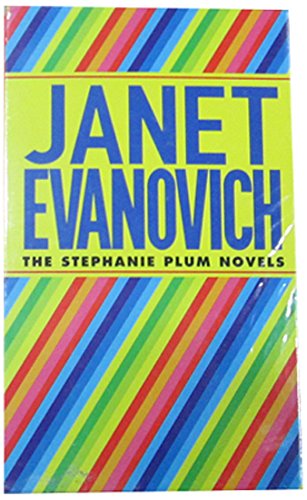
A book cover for Plum Boxed Set 3, Books 7-9 (Seven Up / Hard Eight / To the Nines) (Stephanie Plum Novels); Janet Evanovich; Romance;